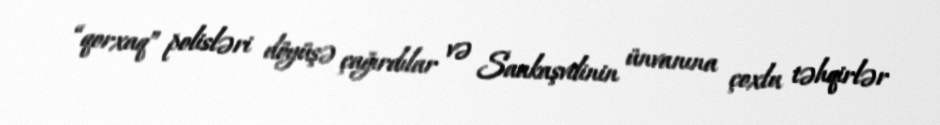
“qorxaq” polisləri döyüşə çağırdılar və Saakaşvilinin ünvanına çoxlu təhqirlər